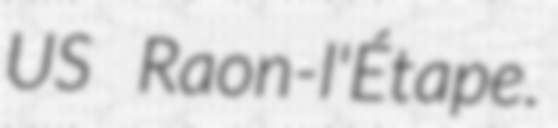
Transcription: US Raon-l'Étape.